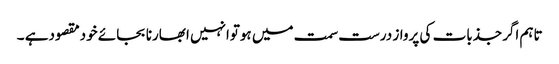
تاہم اگرجذبات کی پرواز درست سمت میں ہوتوانہیں ابھارنا بجائے خودمقصودہے ۔